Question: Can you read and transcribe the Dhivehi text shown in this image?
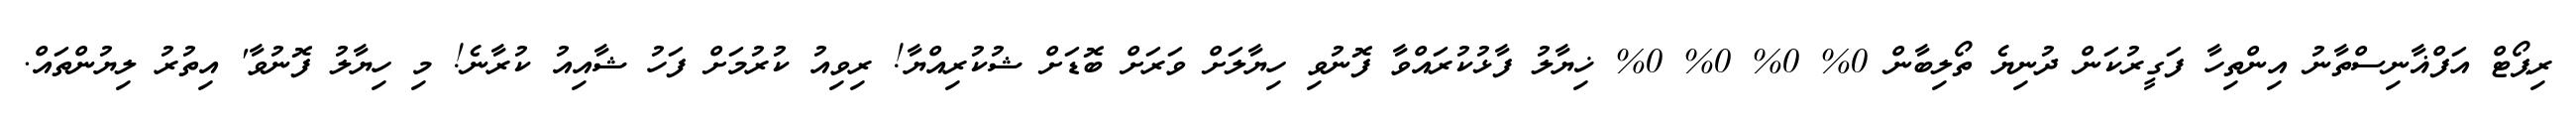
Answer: ރިޕޯޓް އަފްޣާނިސްތާނު އިންތިހާ ފަގީރުކަން ދުނިޔެ ތޯލިބާން 0% 0% 0% 0% ޚިޔާލު ފާޅުކުރައްވާ ފޮނުވި ހިޔާލަށް ވަރަށް ބޮޑަށް ޝުކުރިއްޔާ! ރިވިއު ކުރުމަށް ފަހު ޝާއިއު ކުރާނެ! މި ހިޔާލު ފޮނުވާ' އިތުރު ލިޔުންތައް.